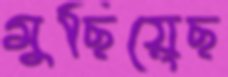
মুছিয়েছ